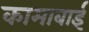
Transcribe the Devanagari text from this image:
कामाबाई